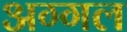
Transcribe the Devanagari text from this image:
अग्गल